Lunatic asylums in Bengal annual reports 1912-1924 - 1912-1924
Year: 1912
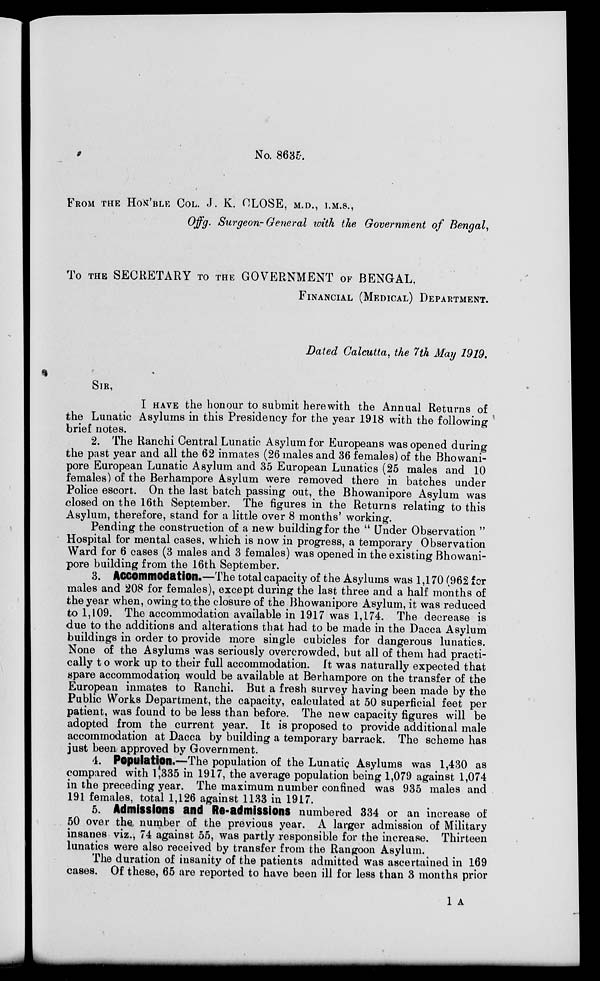
No. 8635.
FROM THE HON'BLE COL. J. K. CLOSE, M.D., I.M.S.,
Offg. Surgeon-General with the Government of Bengal,
To THE SECRETARY TO THE GOVERNMENT OF BENGAL,
FINANCIAL (MEDICAL) DEPARTMENT.
Dated Calcutta, the 7th May 1919.
SIR,
I HAVE the honour to submit herewith the Annual Returns of
the Lunatic Asylums in this Presidency for the year 1918 with the following
brief notes.
2. The Ranchi Central Lunatic Asylum for Europeans was opened during
the past year and all the 62 inmates (26 males and 36 females) of the Bhowani-
pore European Lunatic Asylum and 35 European Lunatics (25 males and 10
females) of the Berhampore Asylum were removed there in batches under
Police escort. On the last batch passing out, the Bhowanipore Asylum was
closed on the 16th September. The figures in the Returns relating to this
Asylum, therefore, stand for a little over 8 months' working.
Pending the construction of a new building for the " Under Observation "
Hospital for mental cases, which is now in progress, a temporary Observation
Ward for 6 cases (3 males and 3 females) was opened in the existing Bhowani-
pore building from the 16th September.
3. Accommodation.—The total capacity of the Asylums was 1,170 (962 for
males and 208 for females), except during the last three and a half months of
the year when, owing to the closure of the Bhowanipore Asylum, it was reduced
to 1,109. The accommodation available in 1917 was 1,174. The decrease is
due to the additions and alterations that had to be made in the Dacca Asylum
buildings in order to provide more single cubicles for dangerous lunatics.
None of the Asylums was seriously overcrowded, but all of them had practi-
cally to work up to their full accommodation. It was naturally expected that
spare accommodation would be available at Berhampore on the transfer of the
European inmates to Ranchi. But a fresh survey having been made by the
Public Works Department, the capacity, calculated at 50 superficial feet per
patient, was found to be less than before. The new capacity figures will be
adopted from the current year. It is proposed to provide additional male
accommodation at Dacca by building a temporary barrack. The scheme has
just been approved by Government.
4. Population.—The population of the Lunatic Asylums was 1,430 as
compared with 1,335 in 1917, the average population being 1,079 against 1,074
in the preceding year. The maximum number confined was 935 males and
191 females, total 1,126 against 1133 in 1917.
5. Admissions and Re-admissions numbered 334 or an increase of
50 over the number of the previous year. A larger admission of Military
insanes viz., 74 against 55, was partly responsible for the increase. Thirteen
lunatics were also received by transfer from the Rangoon Asylum.
The duration of insanity of the patients admitted was ascertained in 169
cases. Of these, 65 are reported to have been ill for less than 3 months prior
1 A